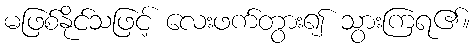
မဖြစ်နိုင်သဖြင့် လေးဖက်တွား၍ သွားကြရ၏။